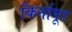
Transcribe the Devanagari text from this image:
किर्नापूर